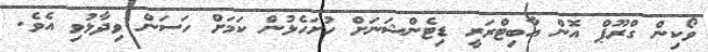
ވޯކިން ގްރޫޕް އޮން އާބިޓްރަރީ ޑިޓެންޝަނަށް ހުށަހެޅުން ކަމަށް ހަސަން ވިދާޅުވި އެވެ.